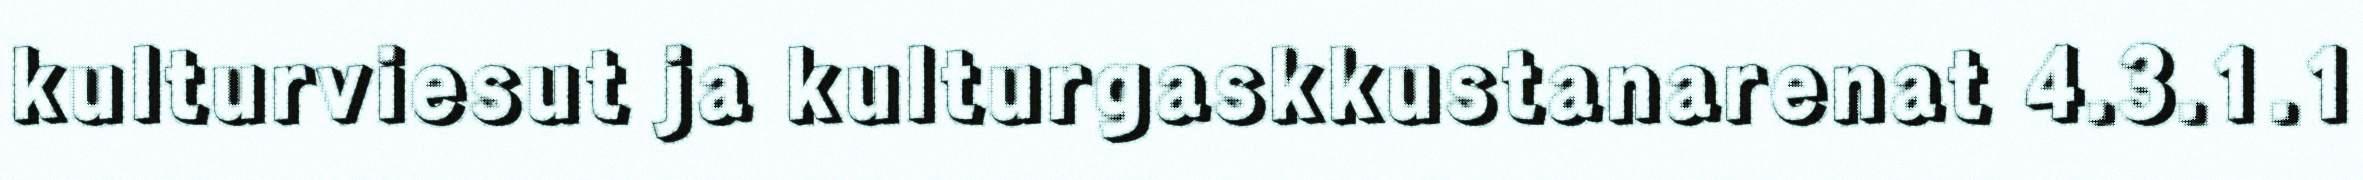
kulturviesut ja kulturgaskkustanarenat 4.3.1.1